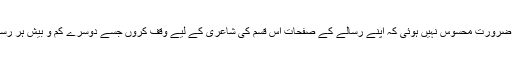
بطور مدیر مجھے اس کی ضرورت محسوس نہیں ہوئی کہ اپنے رسالے کے صفحات اس قسم کی شاعری کے لیے وقف کروں جسے دوسرے کم و بیش ہر رسالے میں جگہ ملتی ہی ہے۔